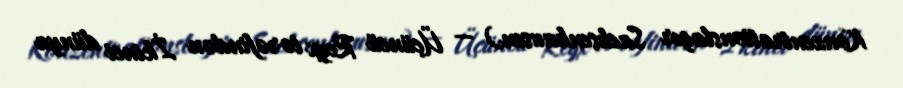
Konzentrationslager Sachsenhausen) — Üçüncü Reyx tərəfindən İkinci dünya